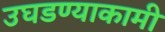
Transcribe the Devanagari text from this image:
उघडण्याकामी